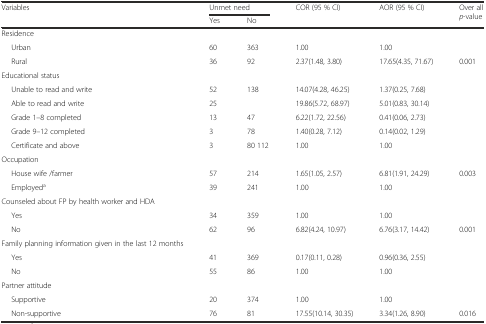
<table><thead><tr><td rowspan="2"><b>Variables</b></td><td colspan="2"><b>Unmet need</b></td><td rowspan="2"><b>COR (95 % CI)</b></td><td rowspan="2"><b>AOR (95 % CI)</b></td><td rowspan="2"><b>Over all <i>p</i>-value</b></td></tr><tr><td><b>Yes</b></td><td><b>No</b></td></tr></thead><tbody><tr><td>Residence</td><td></td><td></td><td></td><td></td><td></td></tr><tr><td>Urban</td><td>60</td><td>363</td><td>1.00</td><td>1.00</td><td></td></tr><tr><td>Rural</td><td>36</td><td>92</td><td>2.37(1.48, 3.80)</td><td>17.65(4.35, 71.67)</td><td>0.001</td></tr><tr><td>Educational status</td><td></td><td></td><td></td><td></td><td rowspan="6"></td></tr><tr><td>Unable to read and write</td><td>52</td><td>138</td><td>14.07(4.28, 46.25)</td><td>1.37(0.25, 7.68)</td></tr><tr><td>Able to read and write</td><td>25</td><td></td><td>19.86(5.72, 68.97)</td><td>5.01(0.83, 30.14)</td></tr><tr><td>Grade 1–8 completed</td><td>13</td><td>47</td><td>6.22(1.72, 22.56)</td><td>0.41(0.06, 2.73)</td></tr><tr><td>Grade 9–12 completed</td><td>3</td><td>78</td><td>1.40(0.28, 7.12)</td><td>0.14(0.02, 1.29)</td></tr><tr><td>Certificate and above</td><td>3</td><td>80 112</td><td>1.00</td><td>1.00</td></tr><tr><td>Occupation</td><td></td><td></td><td></td><td></td><td></td></tr><tr><td>House wife /farmer</td><td>57</td><td>214</td><td>1.65(1.05, 2.57)</td><td>6.81(1.91, 24.29)</td><td>0.003</td></tr><tr><td>Employed<sup>a</sup></td><td>39</td><td>241</td><td>1.00</td><td>1.00</td><td></td></tr><tr><td>Counseled about FP by health worker and HDA</td><td colspan="5"></td></tr><tr><td>Yes</td><td>34</td><td>359</td><td>1.00</td><td>1.00</td><td></td></tr><tr><td>No</td><td>62</td><td>96</td><td>6.82(4.24, 10.97)</td><td>6.76(3.17, 14.42)</td><td>0.001</td></tr><tr><td>Family planning information given in the last 12 months</td><td colspan="5"></td></tr><tr><td>Yes</td><td>41</td><td>369</td><td>0.17(0.11, 0.28)</td><td>0.96(0.36, 2.55)</td><td></td></tr><tr><td>No</td><td>55</td><td>86</td><td>1.00</td><td>1.00</td><td></td></tr><tr><td>Partner attitude</td><td colspan="5"></td></tr><tr><td>Supportive</td><td>20</td><td>374</td><td>1.00</td><td>1.00</td><td></td></tr><tr><td>Non-supportive</td><td>76</td><td>81</td><td>17.55(10.14, 30.35)</td><td>3.34(1.26, 8.90)</td><td>0.016</td></tr></tbody></table>